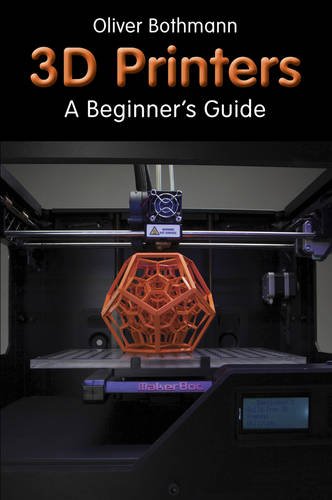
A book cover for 3D Printers: A Beginner's Guide; Oliver Bothmann; Computers & Technology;